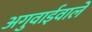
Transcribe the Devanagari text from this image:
अगुवाईवाले